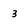
Character: 3